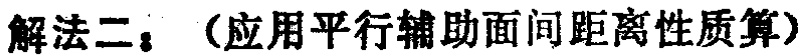
解法二：（应用平行辅助面间距离性质算）